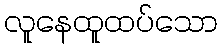
လူနေထူထပ်သော